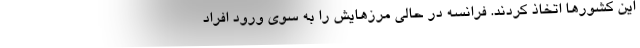
این کشورها اتخاذ کردند. فرانسه در حالی مرزهایش را به سوی ورود افراد